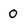
Character: 0